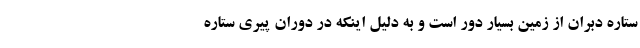
ستاره دبران از زمین بسیار دور است و به دلیل اینکه در دوران پیری ستاره